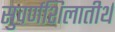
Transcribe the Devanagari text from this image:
सुवर्णशिलातीर्थ